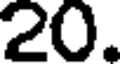
20.